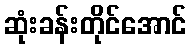
ဆုံးခန်းတိုင်အောင်